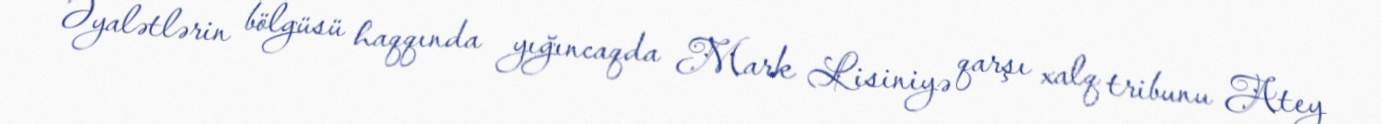
Əyalətlərin bölgüsü haqqında yığıncaqda Mark Lisiniyə qarşı xalq tribunu Atey